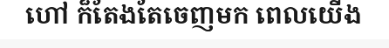
ហៅ ក៏តែងតែចេញមក ពេលយើង